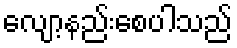
လျော့နည်းစေပါသည်